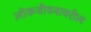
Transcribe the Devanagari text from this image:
लोकजीवनावरील